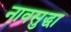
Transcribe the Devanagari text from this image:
नावसुद्धा